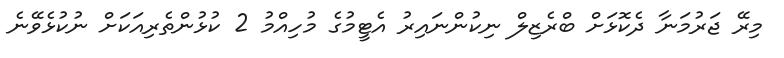
މިރޭ ޖަރުމަނާ ދެކޮޅަށް ބްރެޒިލް ނިކުންނައިރު އެޓީމުގެ މުހިއްމު 2 ކުޅުންތެރިއަކަށް ނުކުޅެވޭނެ